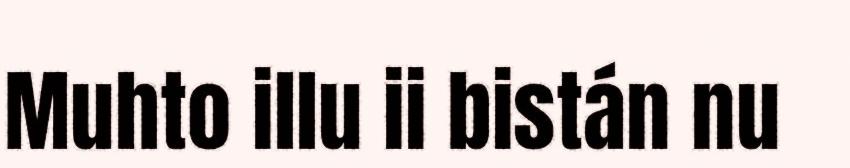
Muhto illu ii bistán nu